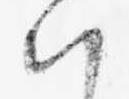
ハ